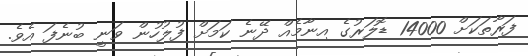
ފަރާތަކަށް 14000 ޑޮލަރުގެ އިނާމެއް ދޭނެ ކަމަށް ފުލުހުން ވަނީ ބުނެފަ އެވެ.